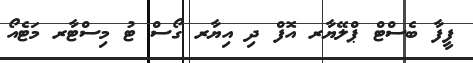
ފީފާ ބެސްޓް ޕްލޭޔާރ އޮފް ދި އިޔާރ ގޯސް ޓު މިސްޓާރ މަޓެއޯ